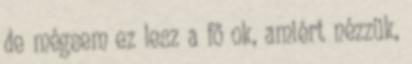
de mégsem ez lesz a fő ok, amiért nézzük,